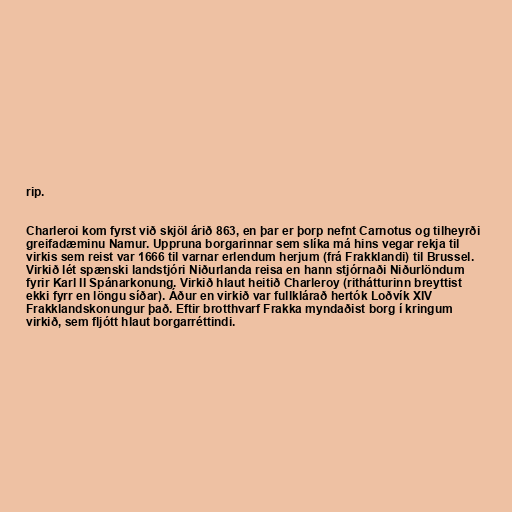
rip.

Charleroi kom fyrst við skjöl árið 863, en þar er þorp nefnt Carnotus og tilheyrði
greifadæminu Namur. Uppruna borgarinnar sem slíka má hins vegar rekja til
virkis sem reist var 1666 til varnar erlendum herjum (frá Frakklandi) til Brussel.
Virkið lét spænski landstjóri Niðurlanda reisa en hann stjórnaði Niðurlöndum
fyrir Karl II Spánarkonung. Virkið hlaut heitið Charleroy (rithátturinn breyttist
ekki fyrr en löngu síðar). Áður en virkið var fullklárað hertók Loðvík XIV
Frakklandskonungur það. Eftir brotthvarf Frakka myndaðist borg í kringum
virkið, sem fljótt hlaut borgarréttindi.